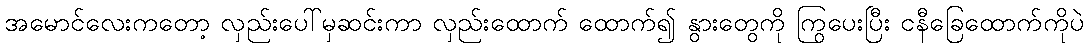
အမောင်လေးကတော့ လှည်းပေါ်မှဆင်းကာ လှည်းထောက် ထောက်၍ နွားတွေကို ကြွပေးပြီး ငနီခြေထောက်ကိုပဲ